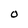
Character: 0